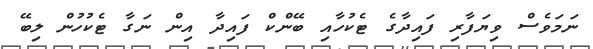
ނަމަވެސް ވިޔަފާރި ފައިދާގެ ޓެކުހާއި ބޭންކް ފައިދާ އިން ނަގާ ޓެކުހުން ލިބޭ